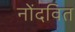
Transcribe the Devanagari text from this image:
नोंदवित